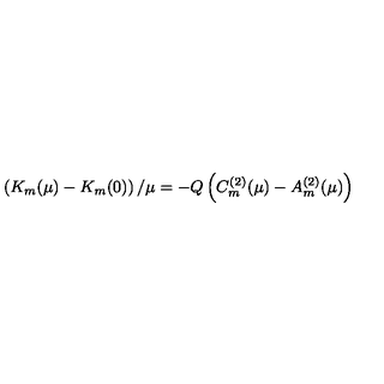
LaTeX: \left( K _ { m } ( \mu ) - K _ { m } ( 0 ) \right) / \mu = - Q \left( C _ { m } ^ { ( 2 ) } ( \mu ) - A _ { m } ^ { ( 2 ) } ( \mu ) \right)